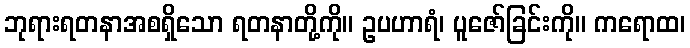
ဘုရားရတနာအစရှိသော ရတနာတို့ကို။ ဥပဟာရံ၊ ပူဇော်ခြင်းကို။ ကရောထ၊